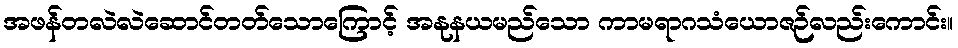
အဖန်တလဲလဲဆောင်တတ်သောကြောင့် အနုနယမည်သော ကာမရာဂသံယောဇဉ်လည်းကောင်း။